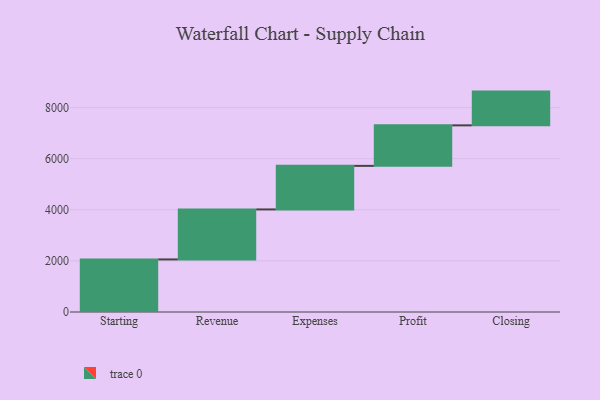
{"axis": {"x": "Step", "y": "Value"}, "legend": [""], "data": [{"x": "Starting", "y": 2058.0, "type": ""}, {"x": "Revenue", "y": 1957.0, "type": ""}, {"x": "Expenses", "y": 1705.0, "type": ""}, {"x": "Profit", "y": 1586.0, "type": ""}, {"x": "Closing", "y": 1321.0, "type": ""}]}